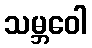
သမ္ဘဝေါ